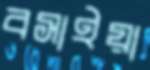
বসাইয়া